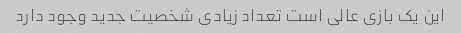
این یک بازی عالی است تعداد زیادی شخصیت جدید وجود دارد